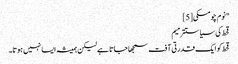
"نوم چومسکی[5]
قحط کی سیاستترمیم
قحط کو ایک قدرتی آفت سمجھا جاتا ہے لیکن ہمیشہ ایسا نہیں ہوتا۔